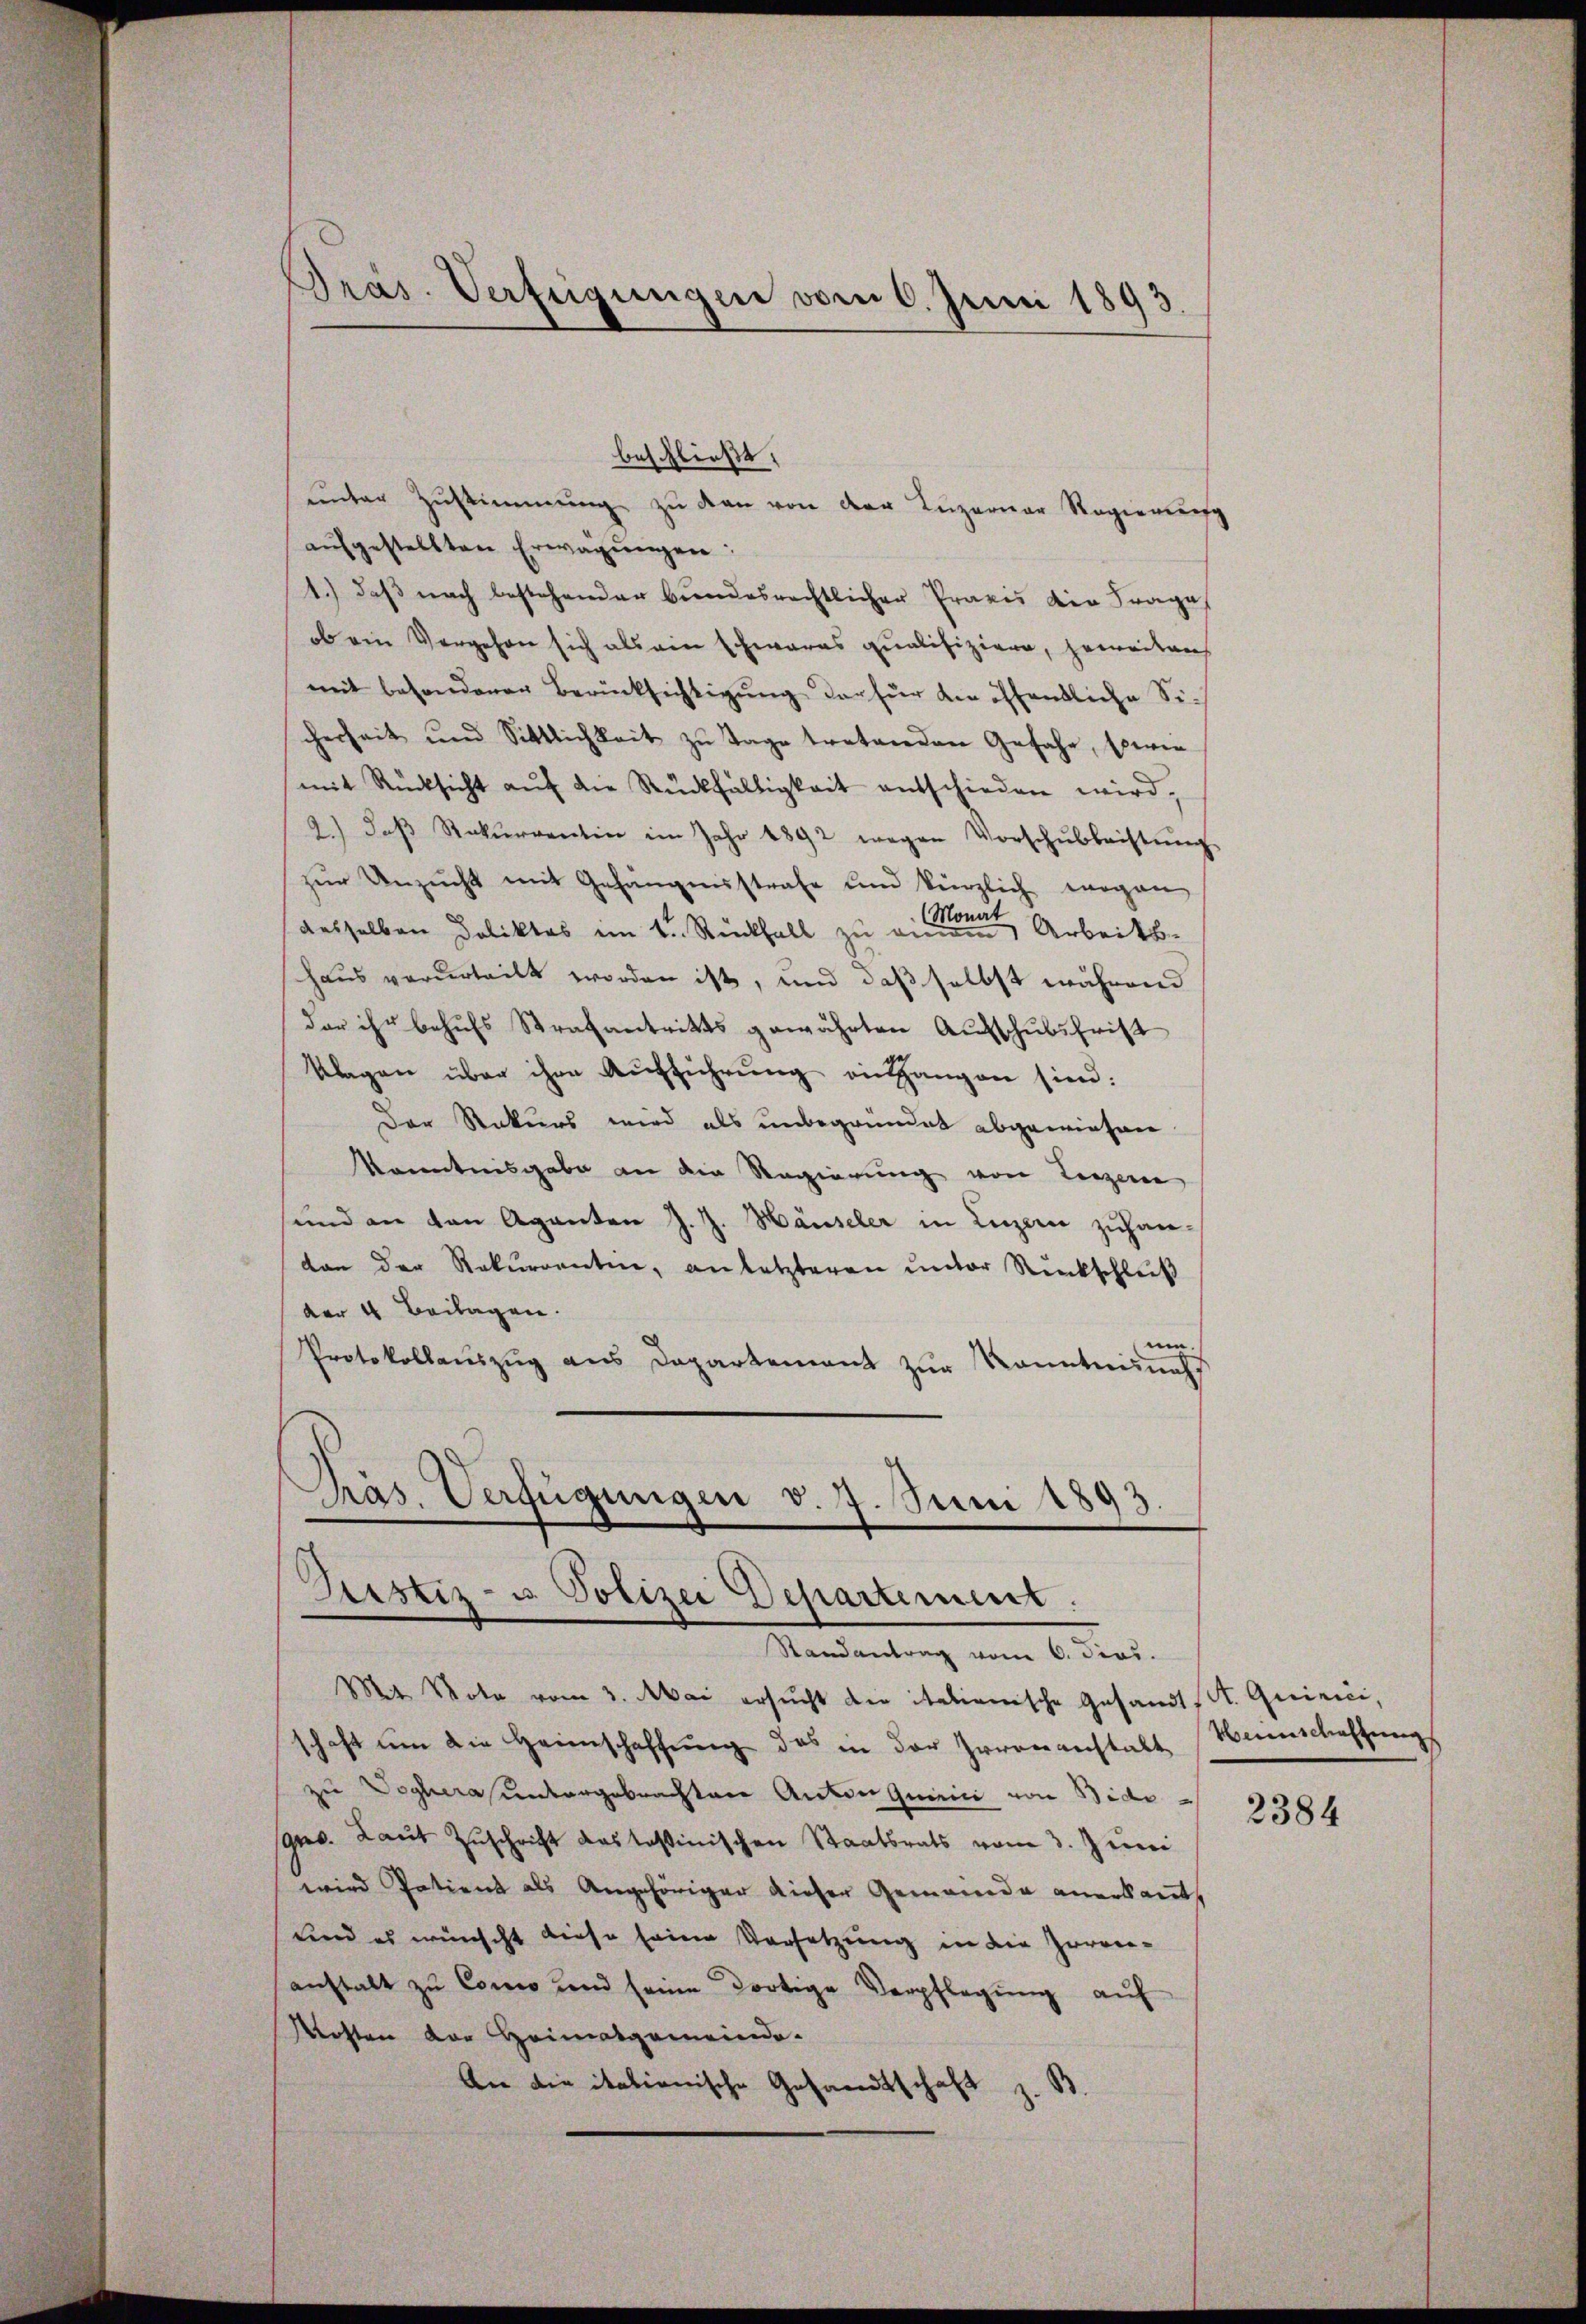
Präs. Verfügungen vom 6. Juni 1893

beschließt:
unter Zustimmung zu den von der Luzerner Regierung
aŭfgestellten Erwägŭngen:
1.) daß nach bestehender bundesrechtlicher Praxis der Frage
ob ein Vergehen sich als ein schwaras qualifiziere, herweitenh
mit besonderer Berücksichtigŭng der für der öffentliche Sicherheit und Sittlichkeit zu Tage tretenden Gefahr, sowie
mit Rücksicht aŭf die Rückfälligkeit entschieden wird,
2.) daß Rekurrentin im Jahr 1892 wegen Vorschŭbbeistŭng
zŭr Unzucht mit Gehängnisstrafe und kürzlich ergan
desselben Deliktes im 1. Rückfall zu wiedenen Arbeits¬
Haus verurteilt worden ist, und daß selbst während
der ihr behufs Strafantritts gewährten Ausschubsfrist
Klagen über ihre Aufführung an angen sind:
Der Rekurs wird als unbegründet abgewiesen
Kenntnisgabe an die Regierung von Legene
sund an den Aganten J. J. Häuseler in Luzern zuhan-
von der Rekurrentin, an letzteren unter Rückschluß
der 4 Beilagen.
uin.
Protokollaŭszŭg ans Departement zŭr Kenntninchs
Präs. Verfügungen v. 7. Juni 1893.
Justiz- u. Polizei Departement.
Randantrag vom 6. dies
Mt Note vom 3. Mai ersucht die italienische Gesandt. Quinci
schaft um die Heimschaffung des in der Herrenanstalt
zu Voglera untergebrachten Anton Quirici von Bide-
gro. Laut Zuschrift das testinischen Staatsrats vom 3. Juni
wird Patient als Angehöriger dieser Gemeinde anerkant.
und es wünscht diese seine Vorsetzung in die Zoroceanstalt zu Conco und seine dortige Verpflegŭng aŭf
Rechten der Heimatgemeinde-
An die italionische Gesandtschaft z. B.

Wennschaftung

2384